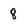
Character: 8